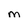
Character: m